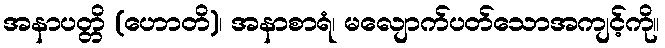
အနာပတ္တိ (ဟောတိ)၊ အနာစာရံ၊ မလျောက်ပတ်သောအကျင့်ကို။